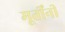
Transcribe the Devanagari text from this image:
मूर्तींनी